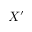
X ^ { \prime }